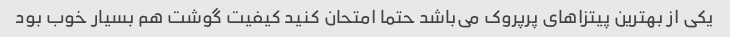
یکی از بهترین پیتزاهای پرپروک می‌باشد حتما امتحان کنید کیفیت گوشت هم بسیار خوب بود